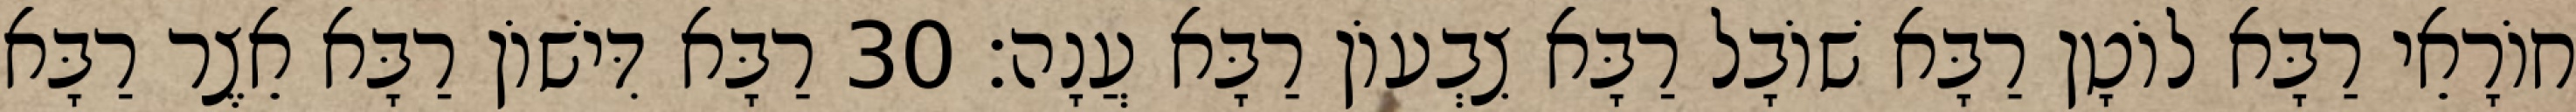
חוֹרָאֵי רַבָּא לוֹטָן רַבָּא שׁוֹבָל רַבָּא צִבְעוֹן רַבָּא עֲנָה׃ 30 רַבָּא דִּישׁוֹן רַבָּא אֵצֶר רַבָּא